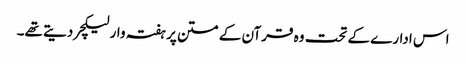
اس ادارے کے تحت وہ قرآن کے متن پر ہفتہ وار لیکچر دیتے تھے۔